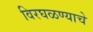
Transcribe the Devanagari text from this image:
विरघळण्याचे